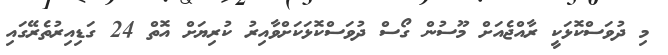
މި ދުވަސްކޮޅަކީ ރާއްޖެއަށް މޫސުން ގޯސް ދުވަސްކޮޅަކަށްވާއިރު ކުރިޔަށް އޮތް 24 ގަޑިއިރުތެރޭގައި